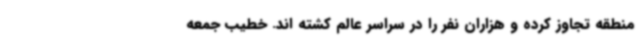
منطقه تجاوز کرده و هزاران نفر را در سراسر عالم کشته اند. خطیب جمعه